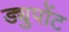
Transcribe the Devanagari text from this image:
ड्युपोंट